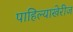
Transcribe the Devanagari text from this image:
पाहिल्याखेरीज